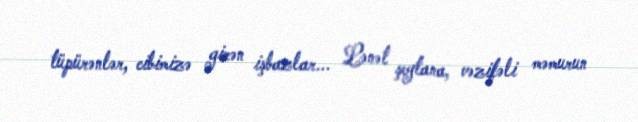
tüpürənlər, cibimizə girən işbazlar... Lənət şeytana, vəzifəli məmurun